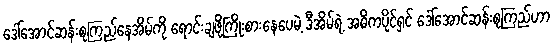
ဒေါ်အောင်ဆန်းစုကြည်နေအိမ်ကို ရောင်းချဖို့ကြိုးစားနေပေမဲ့ ဒီအိမ်ရဲ့ အဓိကပိုင်ရှင် ဒေါ်အောင်ဆန်းစုကြည်ဟာ